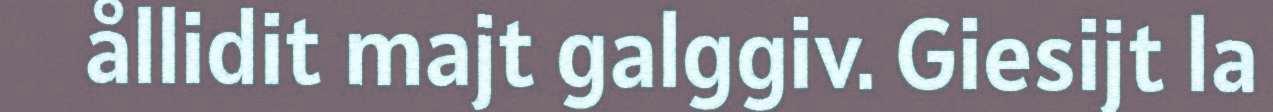
ållidit majt galggiv. Giesijt la